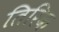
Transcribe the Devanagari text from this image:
तिरिक